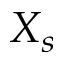
X _ { s }